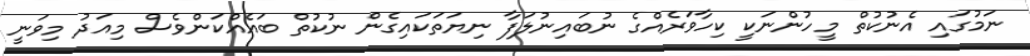
ނަމުގައި އެނުކުތް މީހުންނަކީ ކިހާވަރެއްގެ ނުބައިނުލަފާ ނިޔަތަކައިގެން ނުކުތް ބައެއްކަންވެސް މިއަދު މިވަނީ